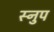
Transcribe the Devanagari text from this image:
स्नुप